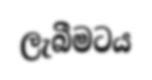
ලැබීමටය